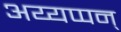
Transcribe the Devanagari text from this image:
अय्यप्पन्